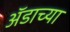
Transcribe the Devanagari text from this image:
ॲडाच्या